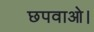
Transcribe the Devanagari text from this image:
छपवाओ।